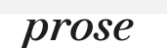
prose